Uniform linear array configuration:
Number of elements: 12
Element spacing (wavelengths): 0.25
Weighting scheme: cosine
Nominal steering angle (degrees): -15
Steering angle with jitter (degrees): -15.64
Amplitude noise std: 0.05
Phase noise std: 0.05

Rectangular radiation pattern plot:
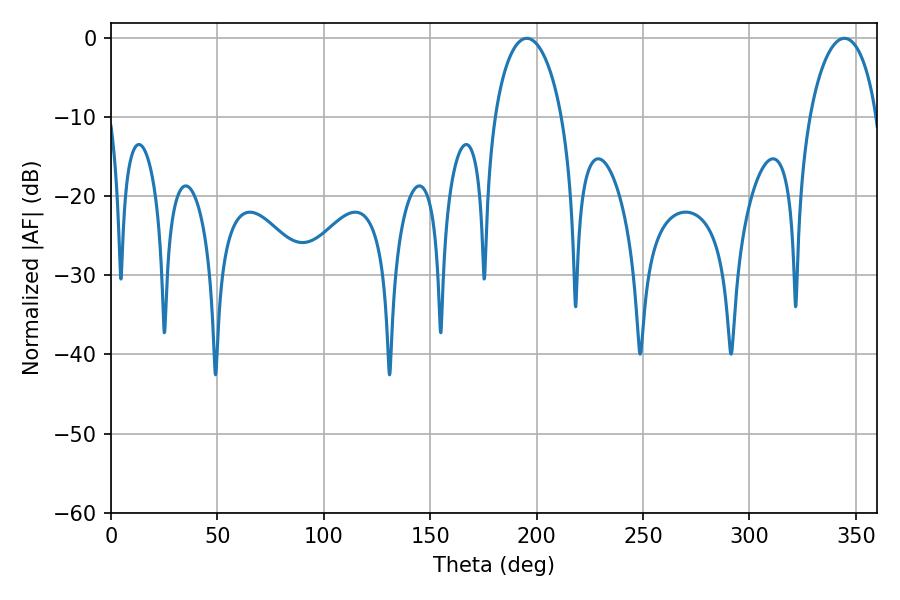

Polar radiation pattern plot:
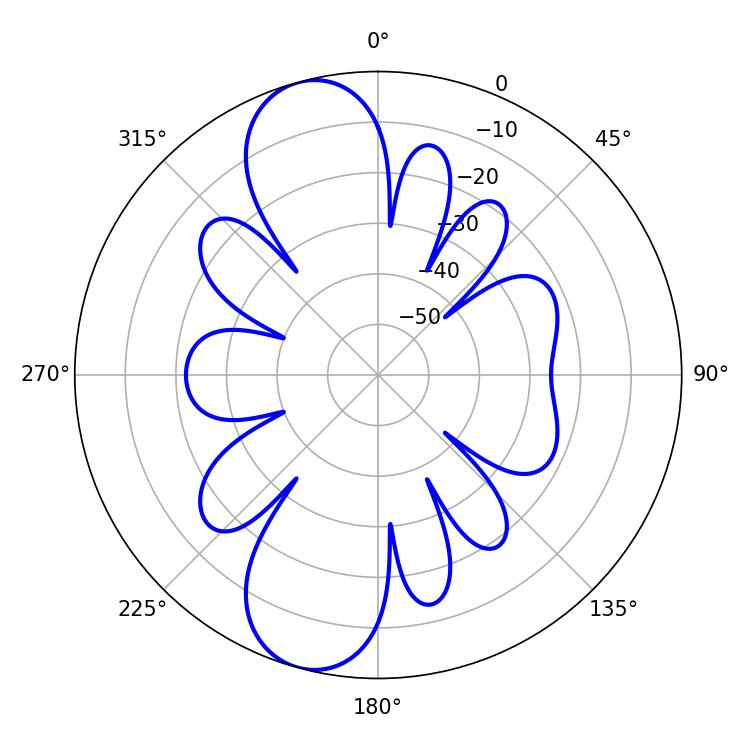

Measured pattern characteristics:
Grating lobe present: FALSE
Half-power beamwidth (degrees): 18.18
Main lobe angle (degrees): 195.3